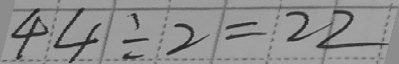
4 4 \div 2 = 2 2